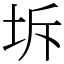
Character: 坼